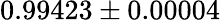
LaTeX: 0.99423\pm 0.00004